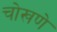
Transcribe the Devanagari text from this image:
चोखणे